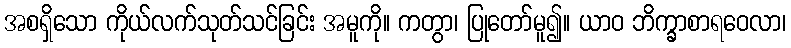
အစရှိသော ကိုယ်လက်သုတ်သင်ခြင်း အမူကို။ ကတွာ၊ ပြုတော်မူ၍။ ယာဝ ဘိက္ခာစာရဝေလာ၊